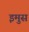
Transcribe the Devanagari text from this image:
इमुस